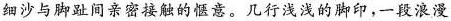
细沙与脚趾间亲密接触的惬意。几行浅浅的脚印，一段浪漫